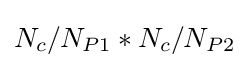
N_{c}/N_{P1}*N_{c}/N_{P2}